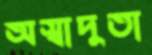
অস্বাদুতা